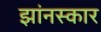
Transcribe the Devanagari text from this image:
झांनस्कार